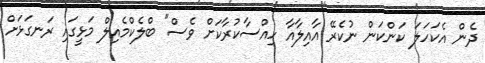
ދެން އެކަހަލަ ކަންކަން ނުކެރޭ އާއިލާއާ ހިއްސާކުރާކަށް ވެސް" ބްލެކްމެއިލް މަޅީގައި ރަނގަޅަށް